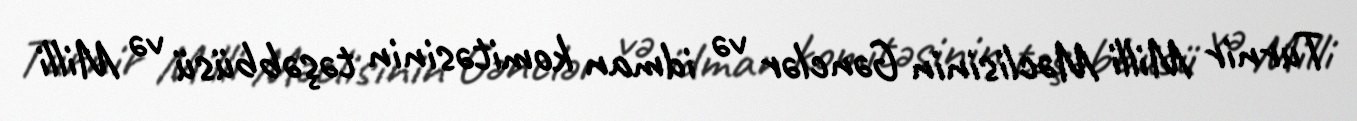
Turnir Milli Məclisinin Gənclər və idman komitəsinin təşəbbüsü və Milli